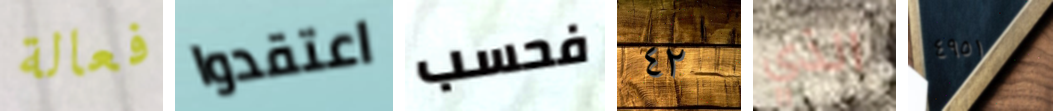
فعالة اعتقدوا فحسب ٤٢ الذي ٤٩٥١